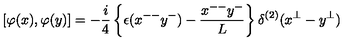
\left[ \varphi ( x ) , \varphi ( y ) \right] = - { \frac { i } { 4 } } \left\{ \epsilon ( x ^ { -- } y ^ { - } ) - { \frac { x ^ { -- } y ^ { - } } { L } } \right\} \delta ^ { ( 2 ) } ( x ^ { \bot } - y ^ { \bot } ) \quad